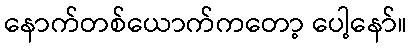
နောက်တစ်ယောက်ကတော့ ပေါ့နော်။